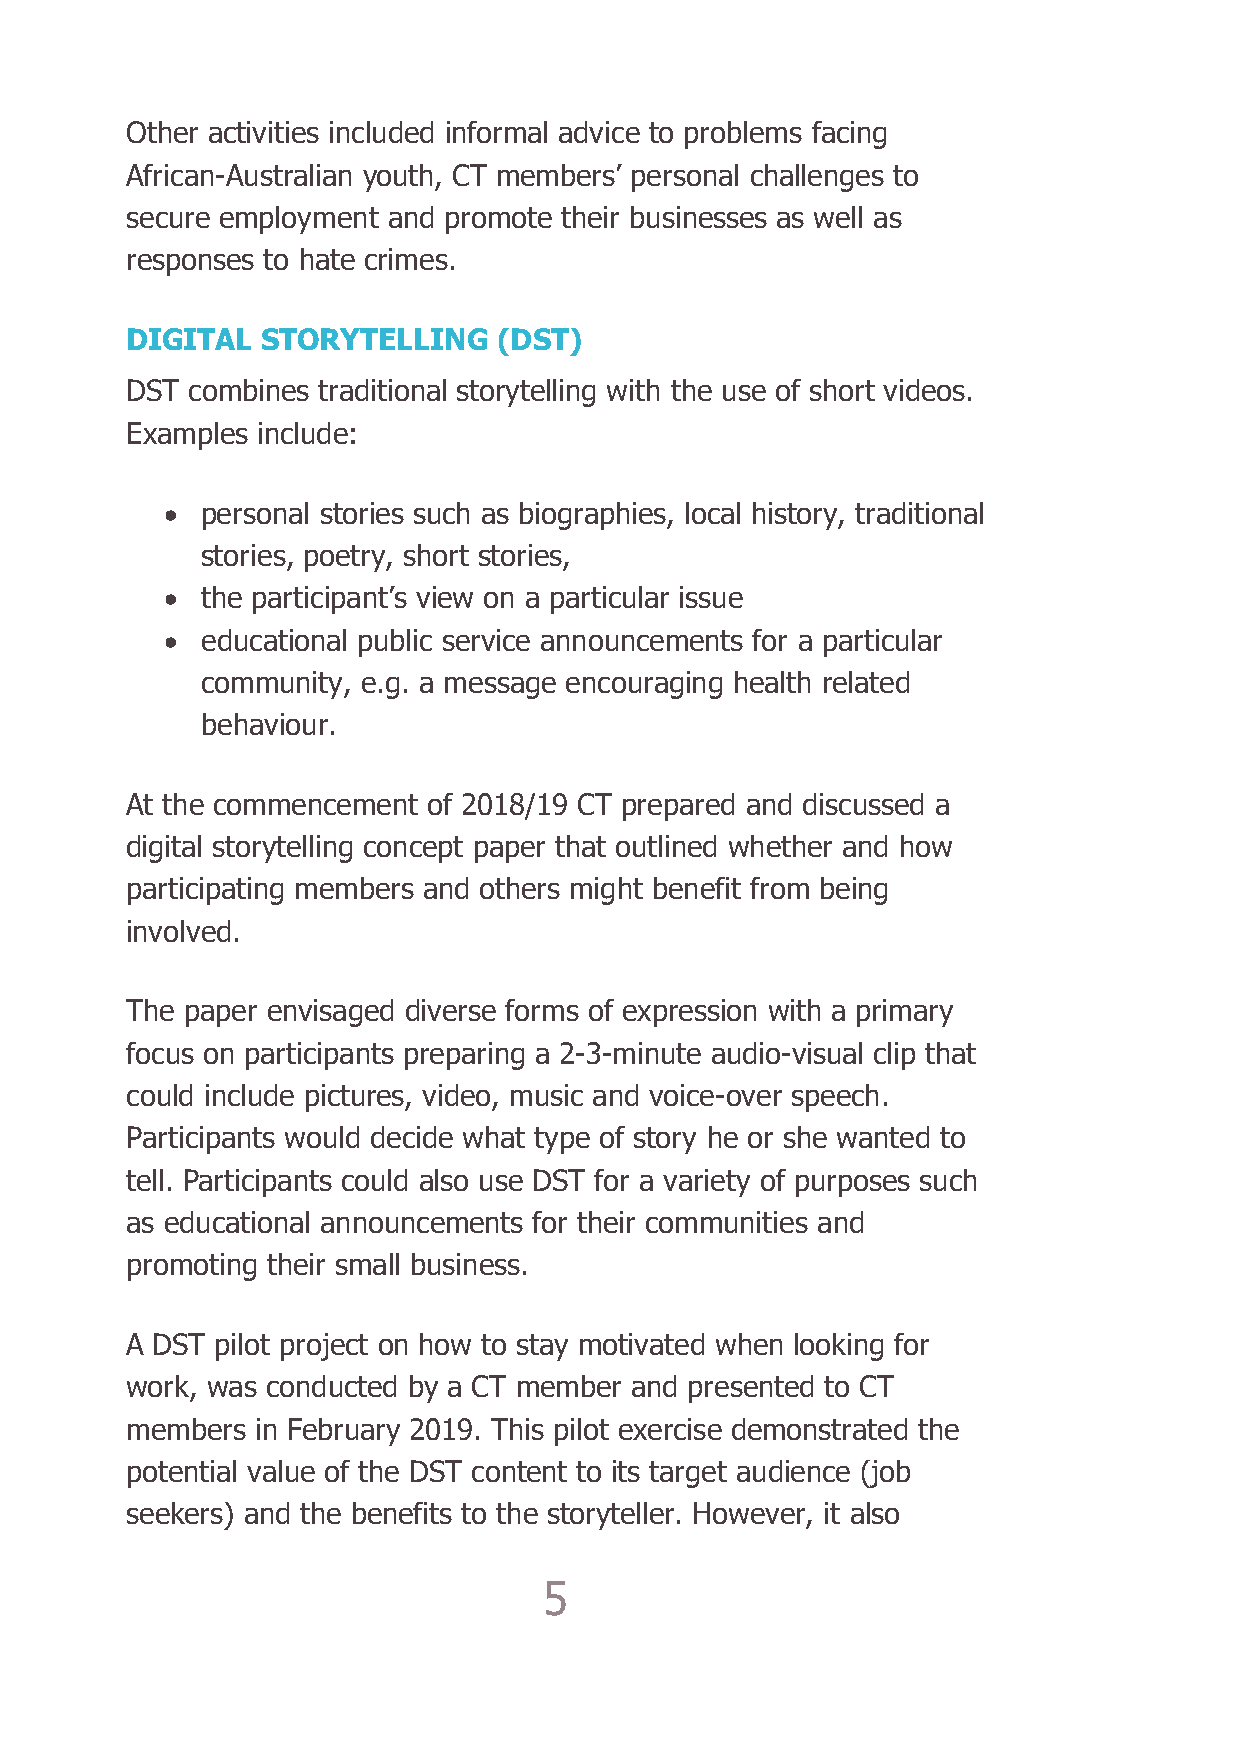
Other activities included informal advice to problems facing
 African-Australian youth, CT members’ personal challenges to
 secure employment and promote their businesses as well as
 responses to hate crimes.
 DIGITAL  STORYTELLING    (DST)
 DST combines traditional storytelling with the use of short videos.
 Examples include:
 • personal stories such as biographies, local history, traditional
 stories, poetry, short stories,
 • the participant’s view on a particular issue
 • educational public service announcements for a particular
 community, e.g. a message encouraging health related
 behaviour.
 At the commencement of 2018/19 CT prepared and discussed a
 digital storytelling concept paper that outlined whether and how
 participating members and others might benefit from being
 involved.
 The paper envisaged diverse forms of expression with a primary
 focus on participants preparing a 2-3-minute audio-visual clip that
 could include pictures, video, music and voice-over speech.
 Participants would decide what type of story he or she wanted to
 tell. Participants could also use DST for a variety of purposes such
 as educational announcements for their communities and
 promoting their small business.
 A DST pilot project on how to stay motivated when looking for
 work, was conducted by a CT member and presented to CT
 members  in February 2019. This pilot exercise demonstrated the
 potential value of the DST content to its target audience (job
 seekers) and the benefits to the storyteller. However, it also
 5